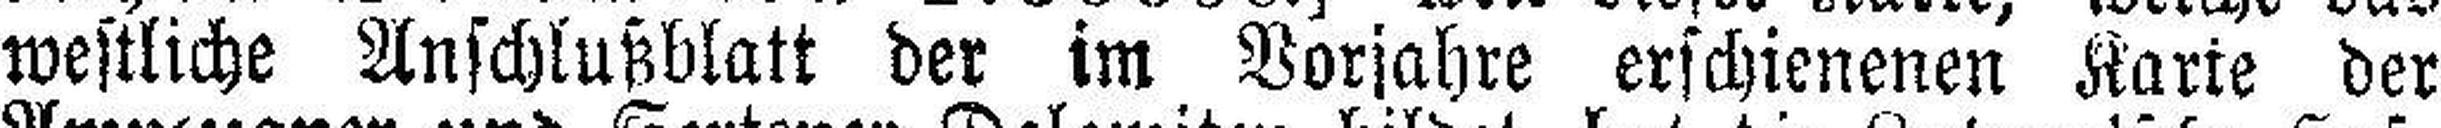
westliche Anschlußblatt der im Vorjahre erschienenen Karte der